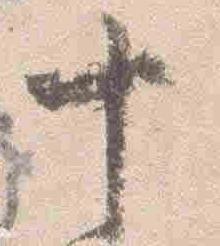
十